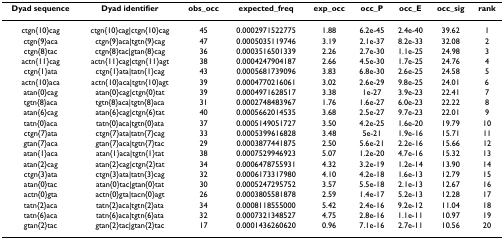
<table><thead><tr><td><b>Dyad sequence</b></td><td><b>Dyad identifier</b></td><td><b>obs_occ</b></td><td><b>expected_freq</b></td><td><b>exp_occ</b></td><td><b>occ_P</b></td><td><b>occ_E</b></td><td><b>occ_sig</b></td><td><b>rank</b></td></tr></thead><tbody><tr><td>ctgn{10}cag</td><td>ctgn{10}cag|ctgn{10}cag</td><td>45</td><td>0.0002971522775</td><td>1.88</td><td>6.2e-45</td><td>2.4e-40</td><td>39.62</td><td>1</td></tr><tr><td>ctgn{9}aca</td><td>ctgn{9}aca|tgtn{9}cag</td><td>47</td><td>0.0005035119746</td><td>3.19</td><td>2.1e-37</td><td>8.2e-33</td><td>32.08</td><td>2</td></tr><tr><td>ctgn{8}tac</td><td>ctgn{8}tac|gtan{8}cag</td><td>36</td><td>0.0003516501339</td><td>2.26</td><td>2.7e-30</td><td>1.1e-25</td><td>24.98</td><td>3</td></tr><tr><td>actn{11}cag</td><td>actn{11}cag|ctgn{11}agt</td><td>38</td><td>0.0004247904187</td><td>2.66</td><td>4.5e-30</td><td>1.7e-25</td><td>24.76</td><td>4</td></tr><tr><td>ctgn{1}ata</td><td>ctgn{1}ata|tatn{1}cag</td><td>43</td><td>0.0005681739096</td><td>3.83</td><td>6.8e-30</td><td>2.6e-25</td><td>24.58</td><td>5</td></tr><tr><td>actn{10}aca</td><td>actn{10}aca|tgtn{10}agt</td><td>39</td><td>0.0004770216061</td><td>3.02</td><td>2.6e-29</td><td>9.8e-25</td><td>24.01</td><td>6</td></tr><tr><td>atan{0}cag</td><td>atan{0}cag|ctgn{0}tat</td><td>39</td><td>0.0004971628517</td><td>3.38</td><td>1e-27</td><td>3.9e-23</td><td>22.41</td><td>7</td></tr><tr><td>tgtn{8}aca</td><td>tgtn{8}aca|tgtn{8}aca</td><td>31</td><td>0.0002748483967</td><td>1.76</td><td>1.6e-27</td><td>6.0e-23</td><td>22.22</td><td>8</td></tr><tr><td>atan{6}cag</td><td>atan{6}cag|ctgn{6}tat</td><td>40</td><td>0.0005662014535</td><td>3.68</td><td>2.5e-27</td><td>9.7e-23</td><td>22.01</td><td>9</td></tr><tr><td>tatn{0}aca</td><td>tatn{0}aca|tgtn{0}ata</td><td>37</td><td>0.0005149051727</td><td>3.50</td><td>4.2e-25</td><td>1.6e-20</td><td>19.79</td><td>10</td></tr><tr><td>ctgn{7}ata</td><td>ctgn{7}ata|tatn{7}cag</td><td>33</td><td>0.0005399616828</td><td>3.48</td><td>5e-21</td><td>1.9e-16</td><td>15.71</td><td>11</td></tr><tr><td>gtan{7}aca</td><td>gtan{7}aca|tgtn{7}tac</td><td>29</td><td>0.0003877441875</td><td>2.50</td><td>5.6e-21</td><td>2.2e-16</td><td>15.66</td><td>12</td></tr><tr><td>atan{1}aca</td><td>atan{1}aca|tgtn{1}tat</td><td>38</td><td>0.0007529946923</td><td>5.07</td><td>1.2e-20</td><td>4.7e-16</td><td>15.32</td><td>13</td></tr><tr><td>atan{2}cag</td><td>atan{2}cag|ctgn{2}tat</td><td>34</td><td>0.0006478755931</td><td>4.32</td><td>3.2e-19</td><td>1.2e-14</td><td>13.90</td><td>14</td></tr><tr><td>ctgn{3}ata</td><td>ctgn{3}ata|tatn{3}cag</td><td>32</td><td>0.0006173317980</td><td>4.10</td><td>4.2e-18</td><td>1.6e-13</td><td>12.79</td><td>15</td></tr><tr><td>atan{0}tac</td><td>atan{0}tac|gtan{0}tat</td><td>30</td><td>0.0005247295752</td><td>3.57</td><td>5.5e-18</td><td>2.1e-13</td><td>12.67</td><td>16</td></tr><tr><td>actn{0}gta</td><td>actn{0}gta|tacn{0}agt</td><td>26</td><td>0.0003805581878</td><td>2.59</td><td>1.4e-17</td><td>5.2e-13</td><td>12.28</td><td>17</td></tr><tr><td>tatn{2}aca</td><td>tatn{2}aca|tgtn{2}ata</td><td>34</td><td>0.0008118555000</td><td>5.42</td><td>2.4e-16</td><td>9.2e-12</td><td>11.04</td><td>18</td></tr><tr><td>tatn{6}aca</td><td>tatn{6}aca|tgtn{6}ata</td><td>32</td><td>0.0007321348527</td><td>4.75</td><td>2.8e-16</td><td>1.1e-11</td><td>10.97</td><td>19</td></tr><tr><td>gtan{2}tac</td><td>gtan{2}tac|gtan{2}tac</td><td>17</td><td>0.0001436260620</td><td>0.96</td><td>7.1e-16</td><td>2.7e-11</td><td>10.56</td><td>20</td></tr></tbody></table>